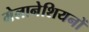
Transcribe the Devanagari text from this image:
मेलानेशियनों